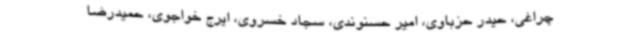
چراغی، حیدر حزباوی، امیر حسنوندی، سجاد خسروی، ایرج خواجوی، حمیدرضا